Annual report on the lock hospitals of the Madras Presidency
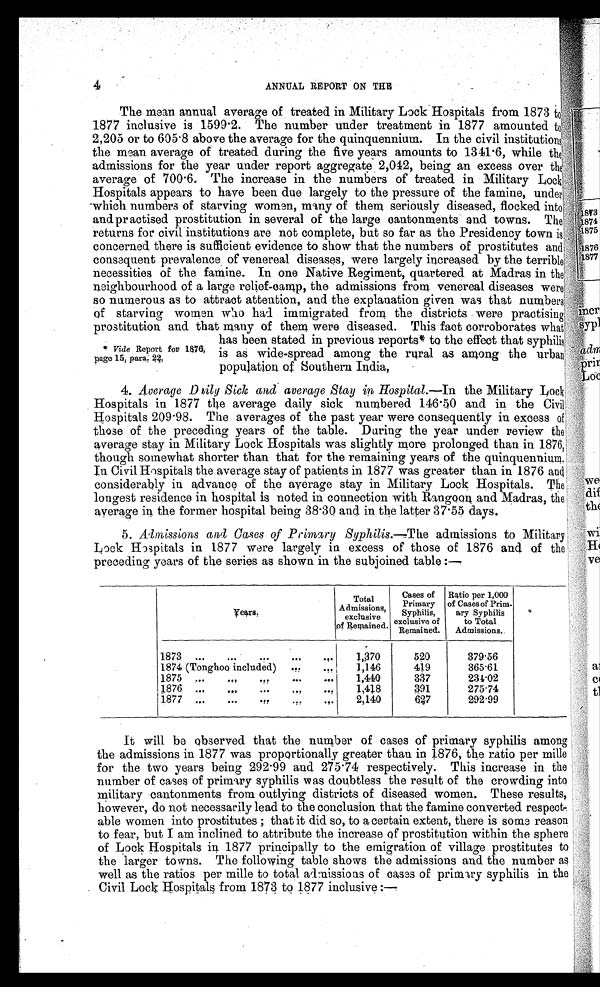
4
ANNUAL REPORT ON THE
The mean annual average of treated in Military Lock Hospitals from 1873 to
1877 inclusive is 1599.2. The number under treatment in 1877 amounted to
2,205 or to 605.8 above the average for the quinquennium In the civil institutions
the mean average of treated during the five years amounts to 1341.6, while the
admissions for the year under report aggregate 2,042, being an excess over the
average of 700.6. The increase in the numbers of treated in Military Lock
Hospitals appears to have been due largely to the pressure of the famine, under
which numbers of starving women, many of them seriously diseased, flocked into
and practised prostitution in several of the large cantonments and towns. The
returns for civil institutions are not complete, but so far as the Presidency town is
concerned there is sufficient evidence to show that the numbers of prostitutes ands=,
consequent prevalence of venereal diseases, were largely increased by the terriblei
necessities of the famine. In one Native Regiment, quartered at Madras in the:
neighbourhood of a large relief-camp, the admissions from venereal diseases were'
so numerous as to attract attention, and the explanation given was that numbers
of starving women wao had immigrated from the districts were practising
prostitution and that many of them were diseased. This fact corroborates wha4
has been stated in previous reports* to the effect that syphilis
4. Vide Report for 1$176, is as w
among
wide-spread amono. the rural as among the urbali.
page 152 para. 24,
population of Southern India,
4. Average Daily Sick and average Stay iv, Hospital.—In the Military Lock;
Hospitals in 1877 the average daily sick numbered 146.40 and in the Civil
Hospitals 209.98. The averages of the past year were consequently in excess Of
those of the preceding years of the table. During the year under review the
average stay in Military Lock Hospitals was slightly more prolonged than in 1876,
though somewhat shorter than that for the remaining years of the quinquenniuni,
In Civil Hospitals the average stay of patients in 1877 was greater than in 1876 awl
considerably in advance of the average stay in Military Lock Hospitals. The
longest residence in hospital is noted in connection with Rangoon and Madras, the
average in the former hospital being 38-30 and in the latter 37.55 days.
5. Ailinissions awl Oases of Primary Syphilis.--The admissions to Military
Lock Hospitals in 1877 were largely in excess of those of 1876 and of the
preceding years of the series as shown in the subjoined table :—
Total io
mis
Admissions, ns,
exclusive
of Remained.
Cases of
Primary
Syphilis,
exclusive of
Remained.
Ratio per 1,000
of Cases of Prim-.
ary Syphilis
to Total
Admissions.,
1873 — ... .!. ... .,. 1,370
520
379.56
1874 (Tonghoo included) ... .,. 1,146
419
365-61
1875 ... .,, . ?? ... ... 1,440
337
234-02
1876 . — ... ... ", ... 1,418
391
275-74
1877 -. -. -,
. ! P
. ? . 2,140
627
292.99
It will be observed that the number of cases of primary syphilis among
the admissions in 1877 was proportionally greater than in 1876, the ratio per mille
for the two years being 292.99 and 275.74 respectively. This increase in the
number of cases of primary syphilis was doubtless the result of the crowding into
military cantonments from outlying districts of diseased women. These results,
however, do not necessarily lead to the conclusion that the famine converted respect-
able women into prostitutes ; that it did so, to a certain extent, there is some reason
to fear, but I am inclined to attribute the increase of prostitution within the sphere
of Lock Hospitals in 1877 principally to the emigration of village prostitutes to
the larger towns. The following table shows the admissions and the number as
well as the ratios per male to total admissions of cases of primary syphilis in the
Civil Lock Hospitals from 1873 to 1877 inclusive :--
to